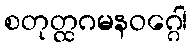
စတုတ္ထဂမနဝဂ္ဂေါ